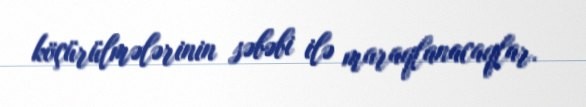
köçürülmələrinin səbəbi ilə maraqlanacaqlar.